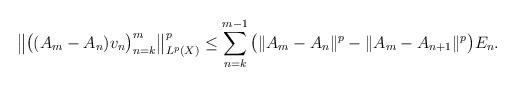
LaTeX: \begin{align*}\big\|\big ( (A_m - A_n ) v_n \big )_{n=k}^m \big\|_{L^p(X)}^p\le \sum_{n=k}^{m-1}\big ( \|A_m - A_n\|^p- \|A_m - A_{n+1}\|^p\big )E_n.\end{align*}